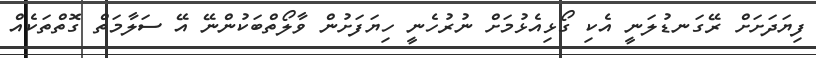
ފިޔަދަށަށް ރޭގަނޑުލަނީ އެކި ގޯޅިއެޅުމަށް ނުރުހެނީ ހިޔަފަށުން ވާލޯތްބަކުންނޭ އޭ ސަލާމަތް ގޮތްތަކެއް